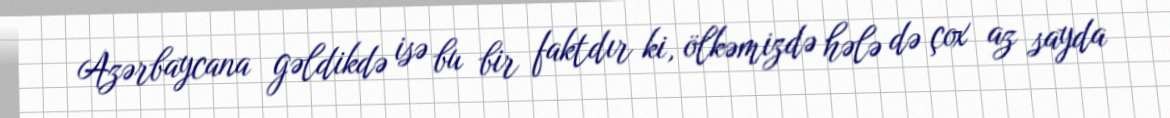
Azərbaycana gəldikdə isə bu bir faktdır ki, ölkəmizdə hələ də çox az sayda